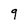
Character: q